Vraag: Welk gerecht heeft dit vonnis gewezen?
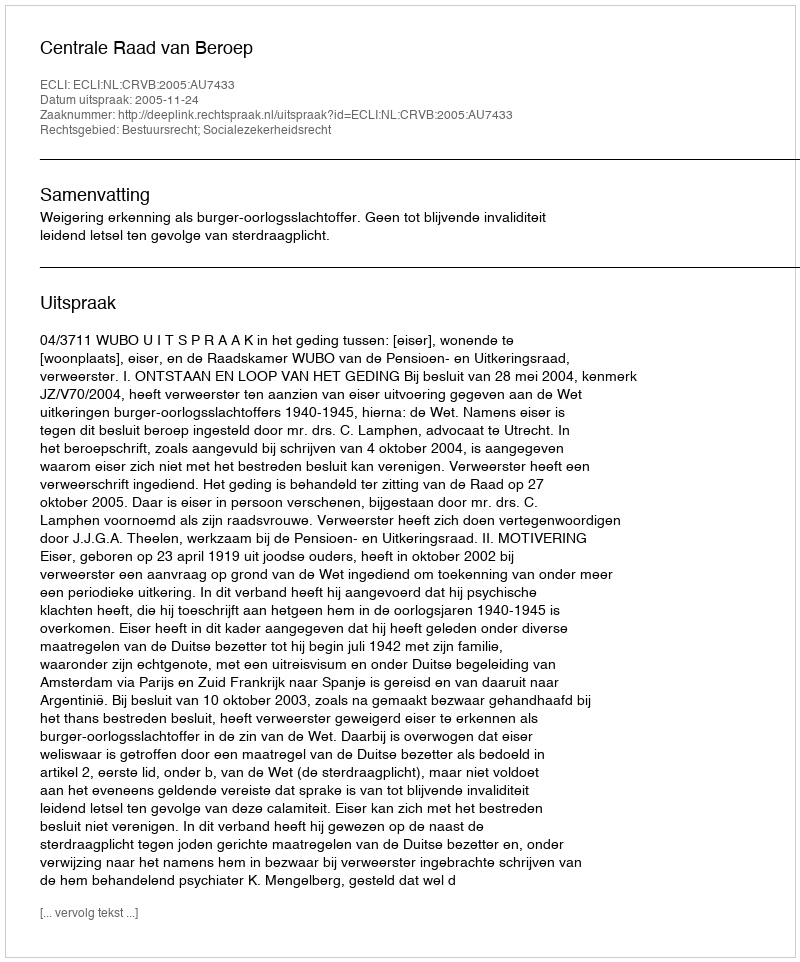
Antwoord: Centrale Raad van Beroep